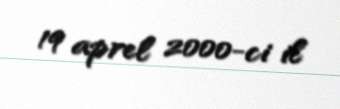
19 aprel 2000-ci il